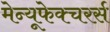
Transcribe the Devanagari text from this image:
मेन्यूफेक्चरर्स